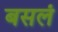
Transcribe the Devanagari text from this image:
बसलं